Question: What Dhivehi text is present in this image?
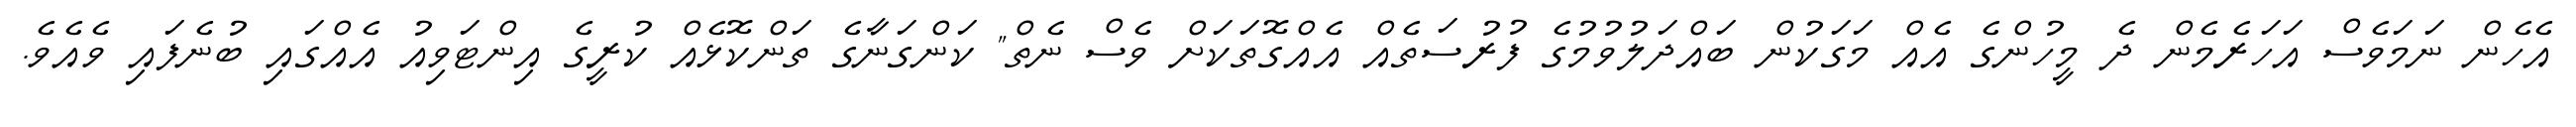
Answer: އެހެން ނަމަވެސް އަހަރެމެން ދެ މީހުންގެ އެއް މަގަކުން ބައްދަލުވުމުގެ ފުރުސަތެއް އެއްގޮތަކަށް ވެސް ނެތް" ކަންގަނާގެ ތަންކޮޅެއް ކުރީގެ އިންޓަވިއު އެއްގައި ބުނެފައި ވެއެވެ.